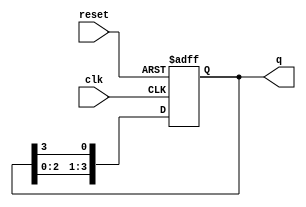
module ring_counter #(parameter N = 4) (
    input wire clk,      // Clock signal
    input wire reset,    // Asynchronous reset signal
    output reg [N-1:0] q // Output state of the ring counter
);

    // Initial state
    initial begin
        q = 1'b1; // Start with the first flip-flop set to '1'
    end

    // Always block triggered on clock edge or reset
    always @(posedge clk or posedge reset) begin
        if (reset) begin
            q <= 1'b1; // Reset the counter to initial state
        end else begin
            // Shift the '1' bit around the ring
            q <= {q[N-2:0], q[N-1]}; // Shift left and wrap around
        end
    end

endmodule